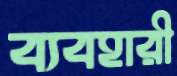
ব্যবহারী